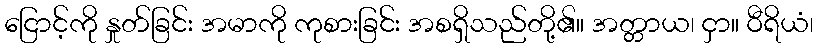
ငြောင့်ကို နှုတ်ခြင်း အမာကို ကုစားခြင်း အစရှိသည်တို့၏။ အတ္တာယ၊ ငှာ။ ဝီရိယံ၊